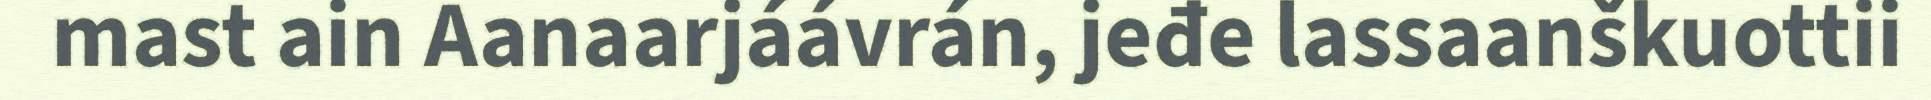
mast ain Aanaarjáávrán, jeđe lassaanškuottii